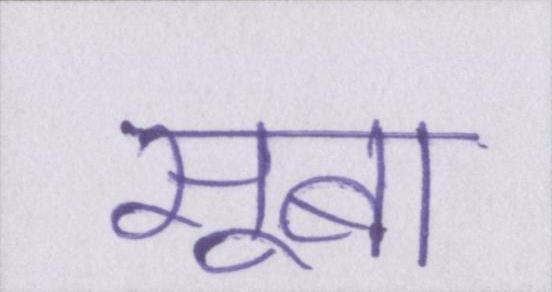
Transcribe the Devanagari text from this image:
सूबा